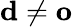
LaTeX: \mathbf{d}\neq\mathbf{o}